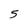
Character: 5